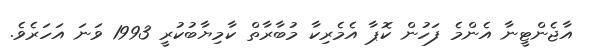
އާޖެންޓީނާ އެންމެ ފަހުން ކޮޕާ އެމެރިކާ މުބާރާތް ކާމިޔާބުކުރީ 1993 ވަަނަ އަަހަރެވެ.